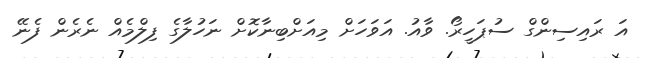
އަ ރައިސިންގް ސުޕަހީރޯ. ވާއު. އަވަހަށް މިއަށްބިނާކޮށް ނަހުލާގެ ފިލްމެއް ނެރެން ފެނޭ